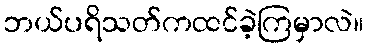
ဘယ်ပရိသတ်ကထင်ခဲ့ကြမှာလဲ။